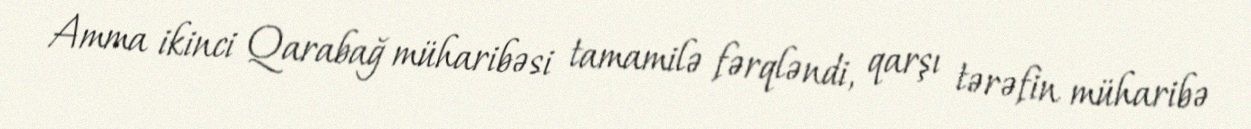
Amma ikinci Qarabağ müharibəsi tamamilə fərqləndi, qarşı tərəfin müharibə